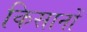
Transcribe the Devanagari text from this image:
किसानों